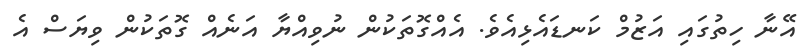
އޭނާ ހިތުގައި އަޒުމް ކަނޑައެޅިއެވެ. އެއްގޮތަކުން ނުވިއްޔާ އަނެއް ގޮތަކުން ވިޔަސް އެ